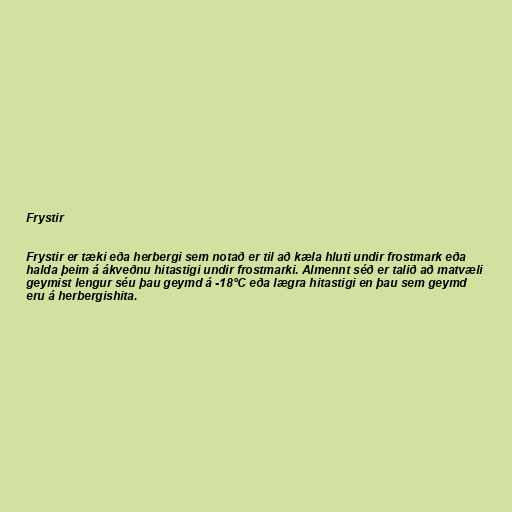
Frystir

Frystir er tæki eða herbergi sem notað er til að kæla hluti undir frostmark eða
halda þeim á ákveðnu hitastigi undir frostmarki. Almennt séð er talið að matvæli
geymist lengur séu þau geymd á -18°C eða lægra hitastigi en þau sem geymd
eru á herbergishita.